Karu_vallavalitsus_Parnumaal, lk 51
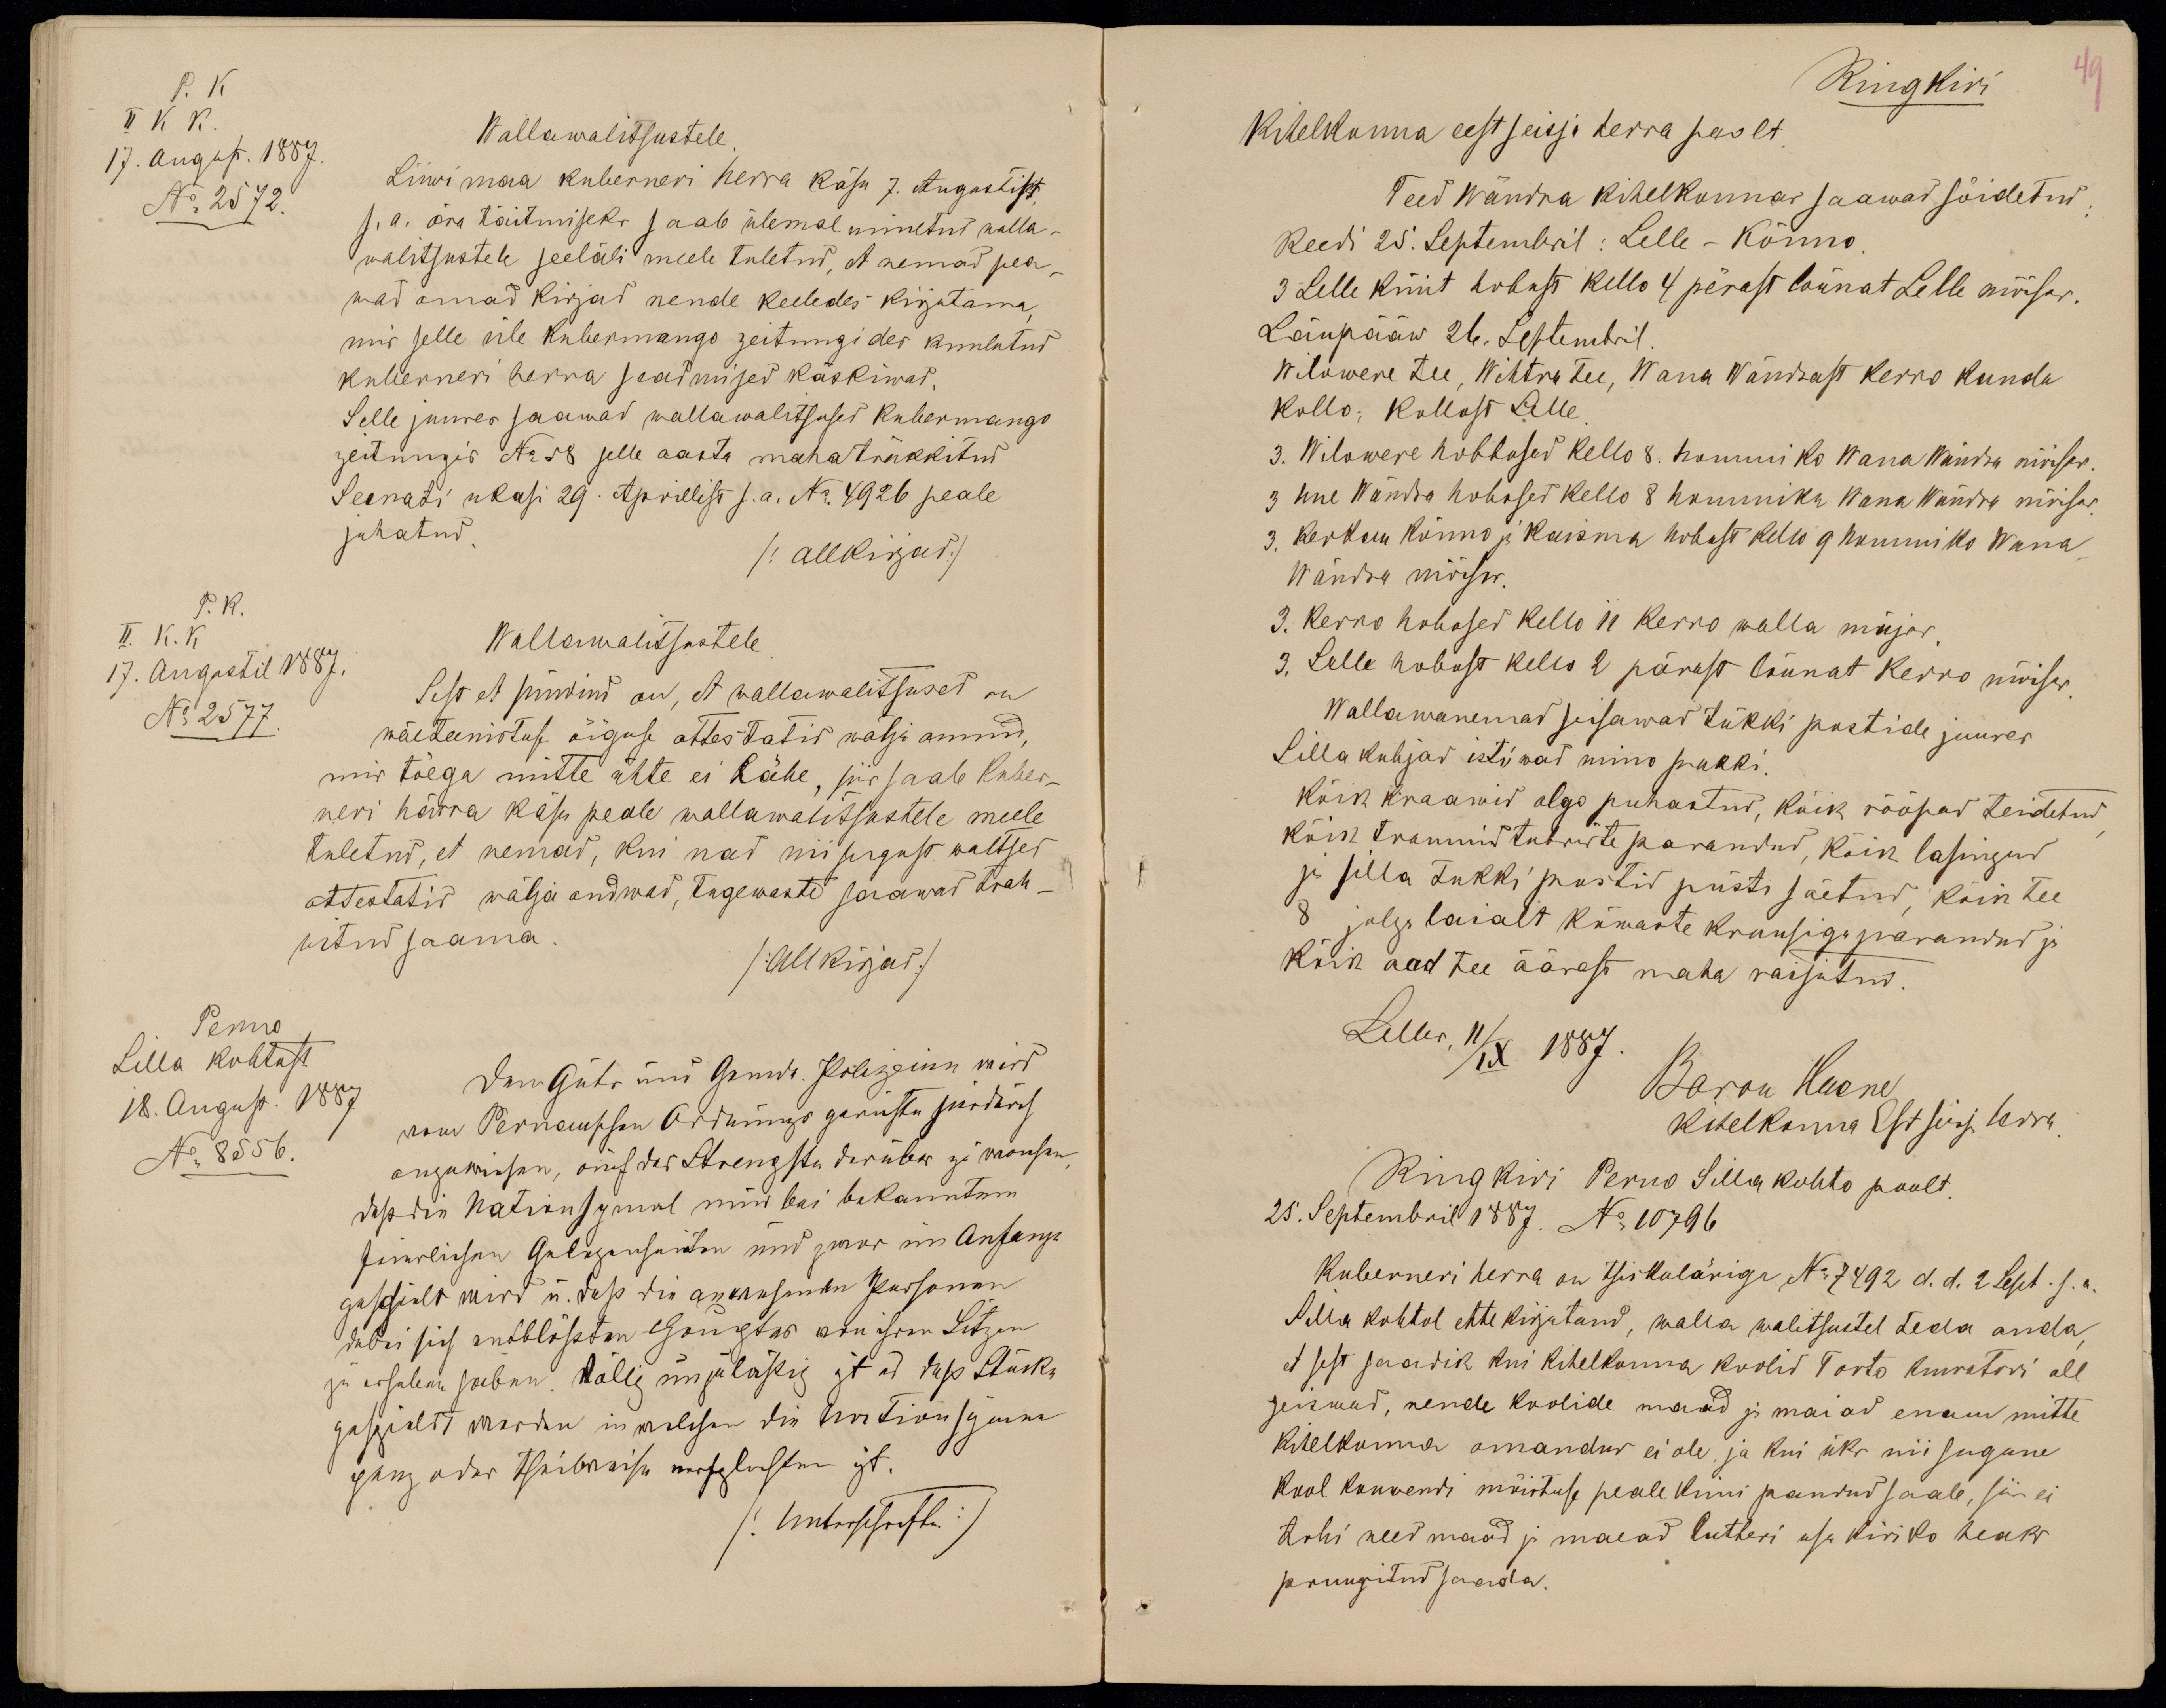
P. K
II K K.
17. August. 1887.
No 2572.
Wallawalitsustele.
Liiwi maa kuberneri herra käsu 7. Augustist,
s.a. ära täitmiseks saab ülemal nimetud walla-
walitsustele seeläbi meele tuletud, et nemad pea-
wad omad kirjad nende keeledes kirjutama,
mis selle üle Kubermango zeitungides kuulutud
kuberneri herra seadmised käskiwad.
Selle juures saawad wallawalitsused kubermango
zeitungis No 58 selle aasta mahatrükkitud
Seenati ukasi 29. Aprillist s.a. No 4926 peale
juhatud.
/allkirjad/
P.K.
II. K. K
17. Augustil 1887.
No 2577.
Wallawalitsustele.
Sest et sündind on, et wallawalitsused on
wäeteenistuse õiguse attestatid wälja annud,
mis tõega mitte ühte ei lähe, siis saab kuber-
neri härra käsu peale wallawalitsustele meele
tuletud, et nemad, kui nad niisugust waltset
attestatid wälja andwad, tugewaste saawad trah-
witud saama.
/Allkirjad/
Perno
Silla kohtust
18. August. 1887
No 8556.

Ringkiri
49
Kihelkonna eestseisja herra poolt.
Teed Wändra kihelkonnas saawad sõidetud:
Reedi 25. Septembril: Lelle - Kõnno.
3 Lelle küüt hobust kello 4 pärast lõunat Lelle mõisas.
Laupääw 26. Septembril.
Wilowere tee, Wihtra tee, Wana Wändrast Kerro kaudu
Kollo; Kollost Lelle.
3. Wilowere hobbused kello 8. hommiko Wana Wändra mõisas.
3 Uue Wändra hobused kello 8 hommiku Wana Wändra mõisas.
3. Kerkau Kõnno ja Kaisma hobust kello 9 hommiko Wana
Wändra mõisas.
3. Kerro hobused kello 11 Kerro walla majas.
3. Lelle hobust kella 2 pärast lõunat Kerro mõisas.
Wallawanemad seisawad tükki postide juures
Silla kubjad istuwad mino pukki.
Kõik kraawid olgo puhastud, kõik rööpad teidetud,
kõik trummid tubwite parandud, kõik lasingud
ja silla tukki postid püsti säetud, kõik tee
8 jalga laialt kõwaste kruusiga parandud ja
kõik aod tee äärest maha raijutud.
Lelles,11/IX 1887
Baron Huene
Kihelkonna Estseisja herra.
Ringkiri Perno Silla kohto poolt.
25. Septembril 1887. No 10796
Kuberneri herra on tsirkuläriga No 7492 d. d. 2 Sept. s.a.
Silla kohtol ette kirjutand, walla walitsustel teda anda,
et sest saadik kui kihelkonna koolid Tarto kuratori all
seiswad, nende koolide maad ja maiad enam mitte
kihelkonna omandus ei ole, ja kui üks nii sugune
kool konwendi mõistuse peale kinni pandud saab, siis ei
tohi need maad ja maead lutheri usu kiriko heaks
pruugitud saada.